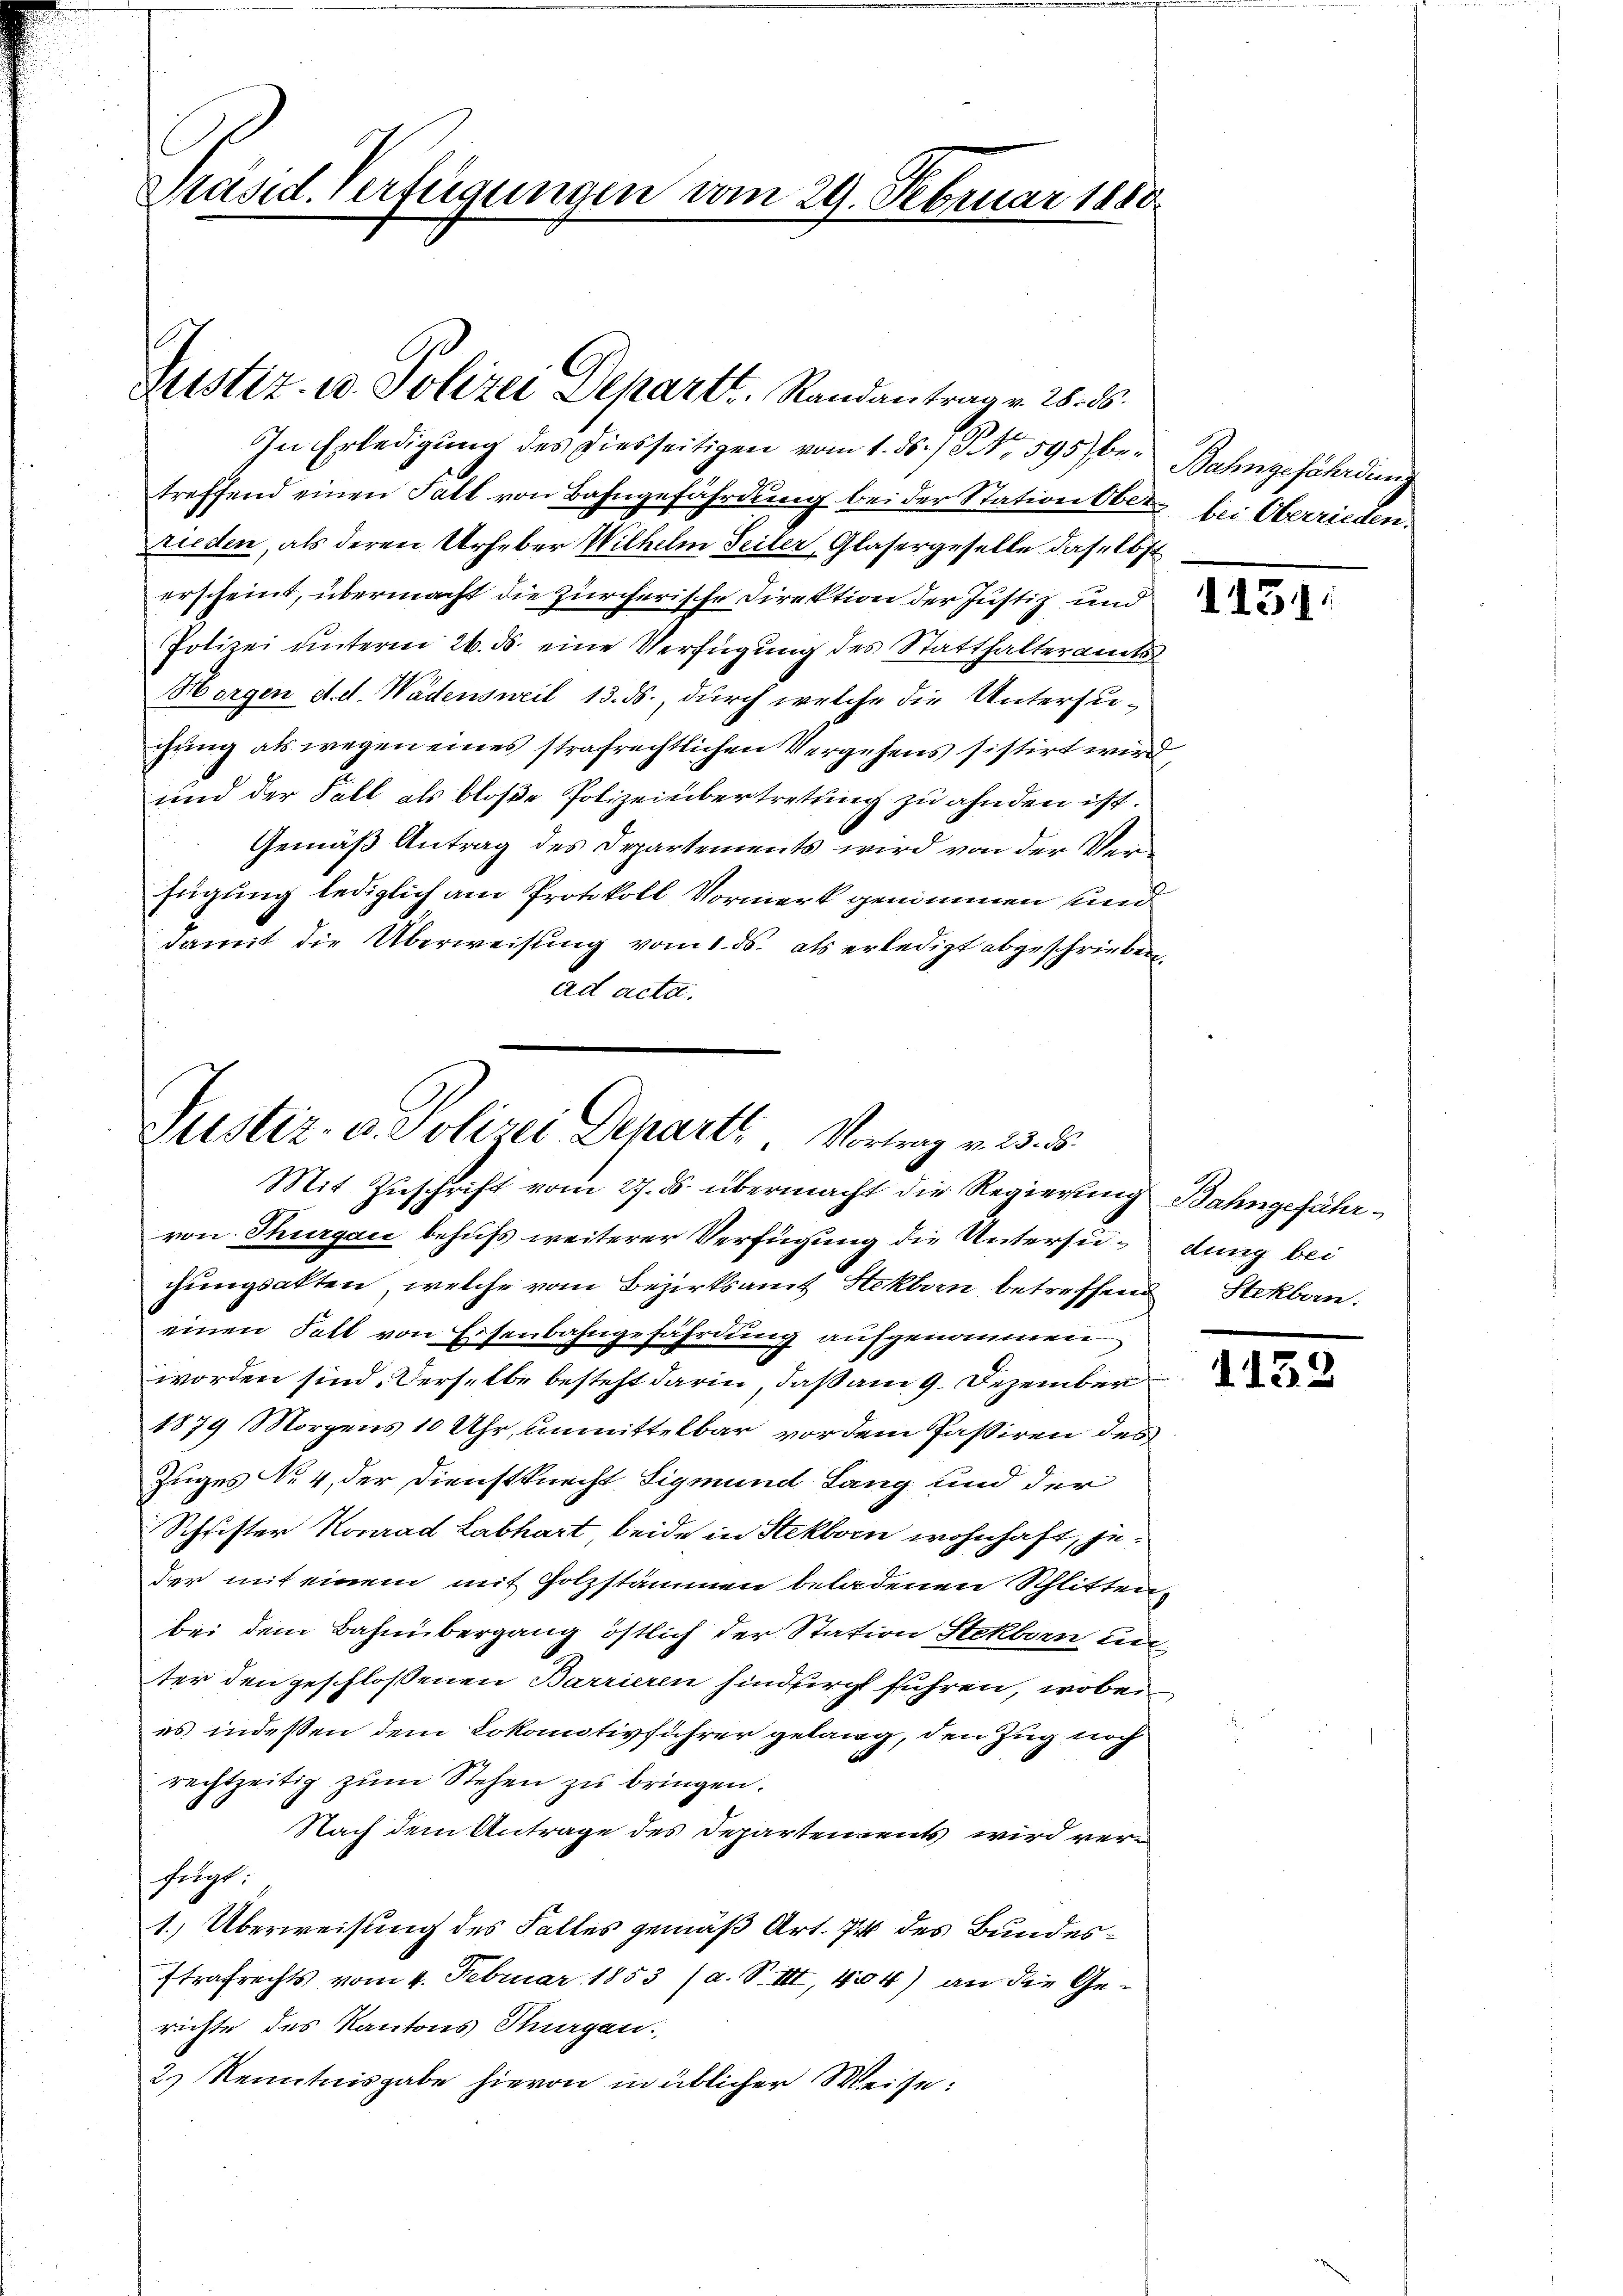
Präsid. Verfügungen vom 29. Februar 1880

Justiz. v. Polizei Departt. Randantrage Was

In Erledigung des diesseitigen vom 1. ds. / NNo. 595) be- Bahngefährdung
treffend einen Fall von Bahngefährdung bei der Station Ober bei Oberrieden.
rieden, als deren Urheber Wilhelm Seiter, Glasergeselle daselbst
erscheint, übermacht die zürcherische Direktion der Justiz und
Polizei unterm 26. ds. eine Verfügung des Statthalteramts
Horgen d. d. Wädensweil 13. ds., durch welche die Untersuchung als wegen eines strafrechtlichen Vergehens sistirt wird,
und der Fall als bloße Polizeiübertretung zu ahnden ist.
Gemäß Antrag des Departements wird von der Verfügung lediglich am Protokoll Vormerk genommen und
damit die Überweisung vom 1. ds. als erledigt abgeschrieben,
ad acta.

Justiz- u. Polizei Departe Vortrag v. 23. ds.
Mit Zuschrift vom 27. ds. übermacht die Regierung Bahngefähr¬

von Thurgau behufs weiterer Verfügung die Untersu¬dung bei
chungsakten, welche vom Bezirksamt Stekborn, betreffend Stekban.
einen Fall von Eisenbahngefährdung aufgenommen
worden sind. Derselbe besteht darin, daß am 9. Dezember
1879 Morgens 10 Uhr, unmittelbar vor dem Passiren des
Zuges Nr. 4, der Dienstknecht Sigmund Lang und der
Schrifter Konrad Labhart, beide in Stekborn wohnhaft, jeder mit einem mit Holzstämmen beladenen Schlitten,
bei dem Bahnbergang östlich der Station Stekborn un
ter den geschlossenen Barrieren hindurcht führen, wobei
es indeßen dem Lokomotivführer gelang, den Zug noch
rechtzeitig zŭm Stehen zu bringen.
Nach dem Antrage des Departements wird verfügt:
1. Überweisung des Falles gemäß Art. 744 des Bundesstrafrechts vom 4. Februar 1853 (a. S. III, 404) an die Gerichte des Kantons Thurgau.
2.) Kenntnisgabe hievon in üblicher Weise:

I139